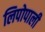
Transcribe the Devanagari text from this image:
लिपोपाली